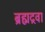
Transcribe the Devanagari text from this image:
ब्रह्मद्रवा